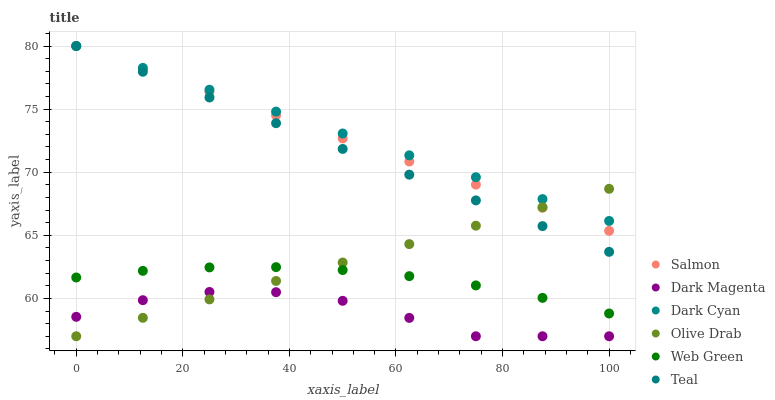
| xaxis_label | Salmon | Dark Magenta | Dark Cyan | Olive Drab | Web Green | Teal |
 | --- | --- | --- | --- | --- | --- | --- |
 | 0 | 80 | 58.5 | 80 | 57 | 61.7 | 80 |
 | 12.5 | 78.2 | 59.9 | 78.3 | 58.5 | 62.2 | 78 |
 | 25 | 76.3 | 60.5 | 76.5 | 59.9 | 62.5 | 75.9 |
 | 37.5 | 74.5 | 60.5 | 74.8 | 61.4 | 62.5 | 73.9 |
 | 50 | 72.7 | 59.8 | 73.1 | 62.8 | 62.2 | 71.8 |
 | 62.5 | 70.8 | 58.5 | 71.3 | 64.3 | 61.8 | 69.8 |
 | 75 | 69 | 57 | 69.6 | 65.8 | 61 | 67.8 |
 | 87.5 | 67.2 | 57 | 67.9 | 67.2 | 60 | 65.7 |
 | 100 | 65.4 | 57 | 66.1 | 68.7 | 58.8 | 63.7 |